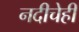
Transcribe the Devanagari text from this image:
नदीचेही